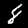
Digit: 8